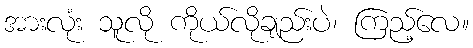
အားလုံး သူလို ကိုယ်လိုချည်းပဲ၊ ကြည့်လေ။